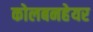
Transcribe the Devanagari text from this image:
कोलबनहेयर